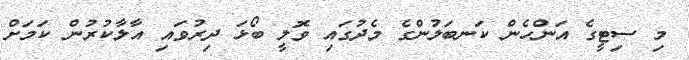
މި ސިޓީގެ އަންހެން ކަނބަލުންގެ މެދުގައި ވޮލީ ބޯޅަ ދިރުވައި އާލާކުރުން ކަމަށް